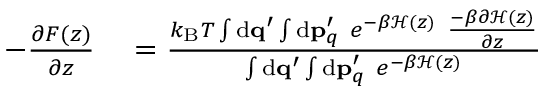
\begin{array} { r l } { - \frac { \partial F ( z ) } { \partial z } } & { { } = \frac { k _ { \mathrm { B } } T \int \ensuremath { \mathrm { d } } \ensuremath { \mathbf { q } } ^ { \prime } \int \ensuremath { \mathrm { d } } \ensuremath { \mathbf { p } } _ { q } ^ { \prime } \ e ^ { - \beta \mathcal { H } ( z ) } \ \frac { - \beta \partial \mathcal { H } ( z ) } { \partial z } } { \int \ensuremath { \mathrm { d } } \ensuremath { \mathbf { q } } ^ { \prime } \int \ensuremath { \mathrm { d } } \ensuremath { \mathbf { p } } _ { q } ^ { \prime } \ e ^ { - \beta \mathcal { H } ( z ) } } } \end{array}